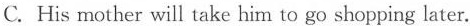
C. His mother will take him to go shopping later.